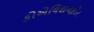
કોએલિશનફોર